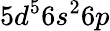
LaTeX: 5d^{5}6s^{2}6p